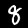
Label: 8